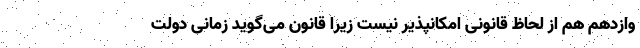
وازدهم هم از لحاظ قانونی امکانپذیر نیست زیرا قانون می‌گوید زمانی دولت